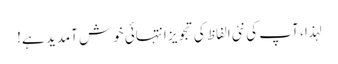
لہذا ، آپ کی نئی الفاظ کی تجویز انتہائی خوش آمدید ہے!